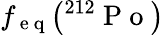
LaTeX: f_{\mathrm{~e~q~}}\big({}^{212}\mathrm{~P~o~}\big)